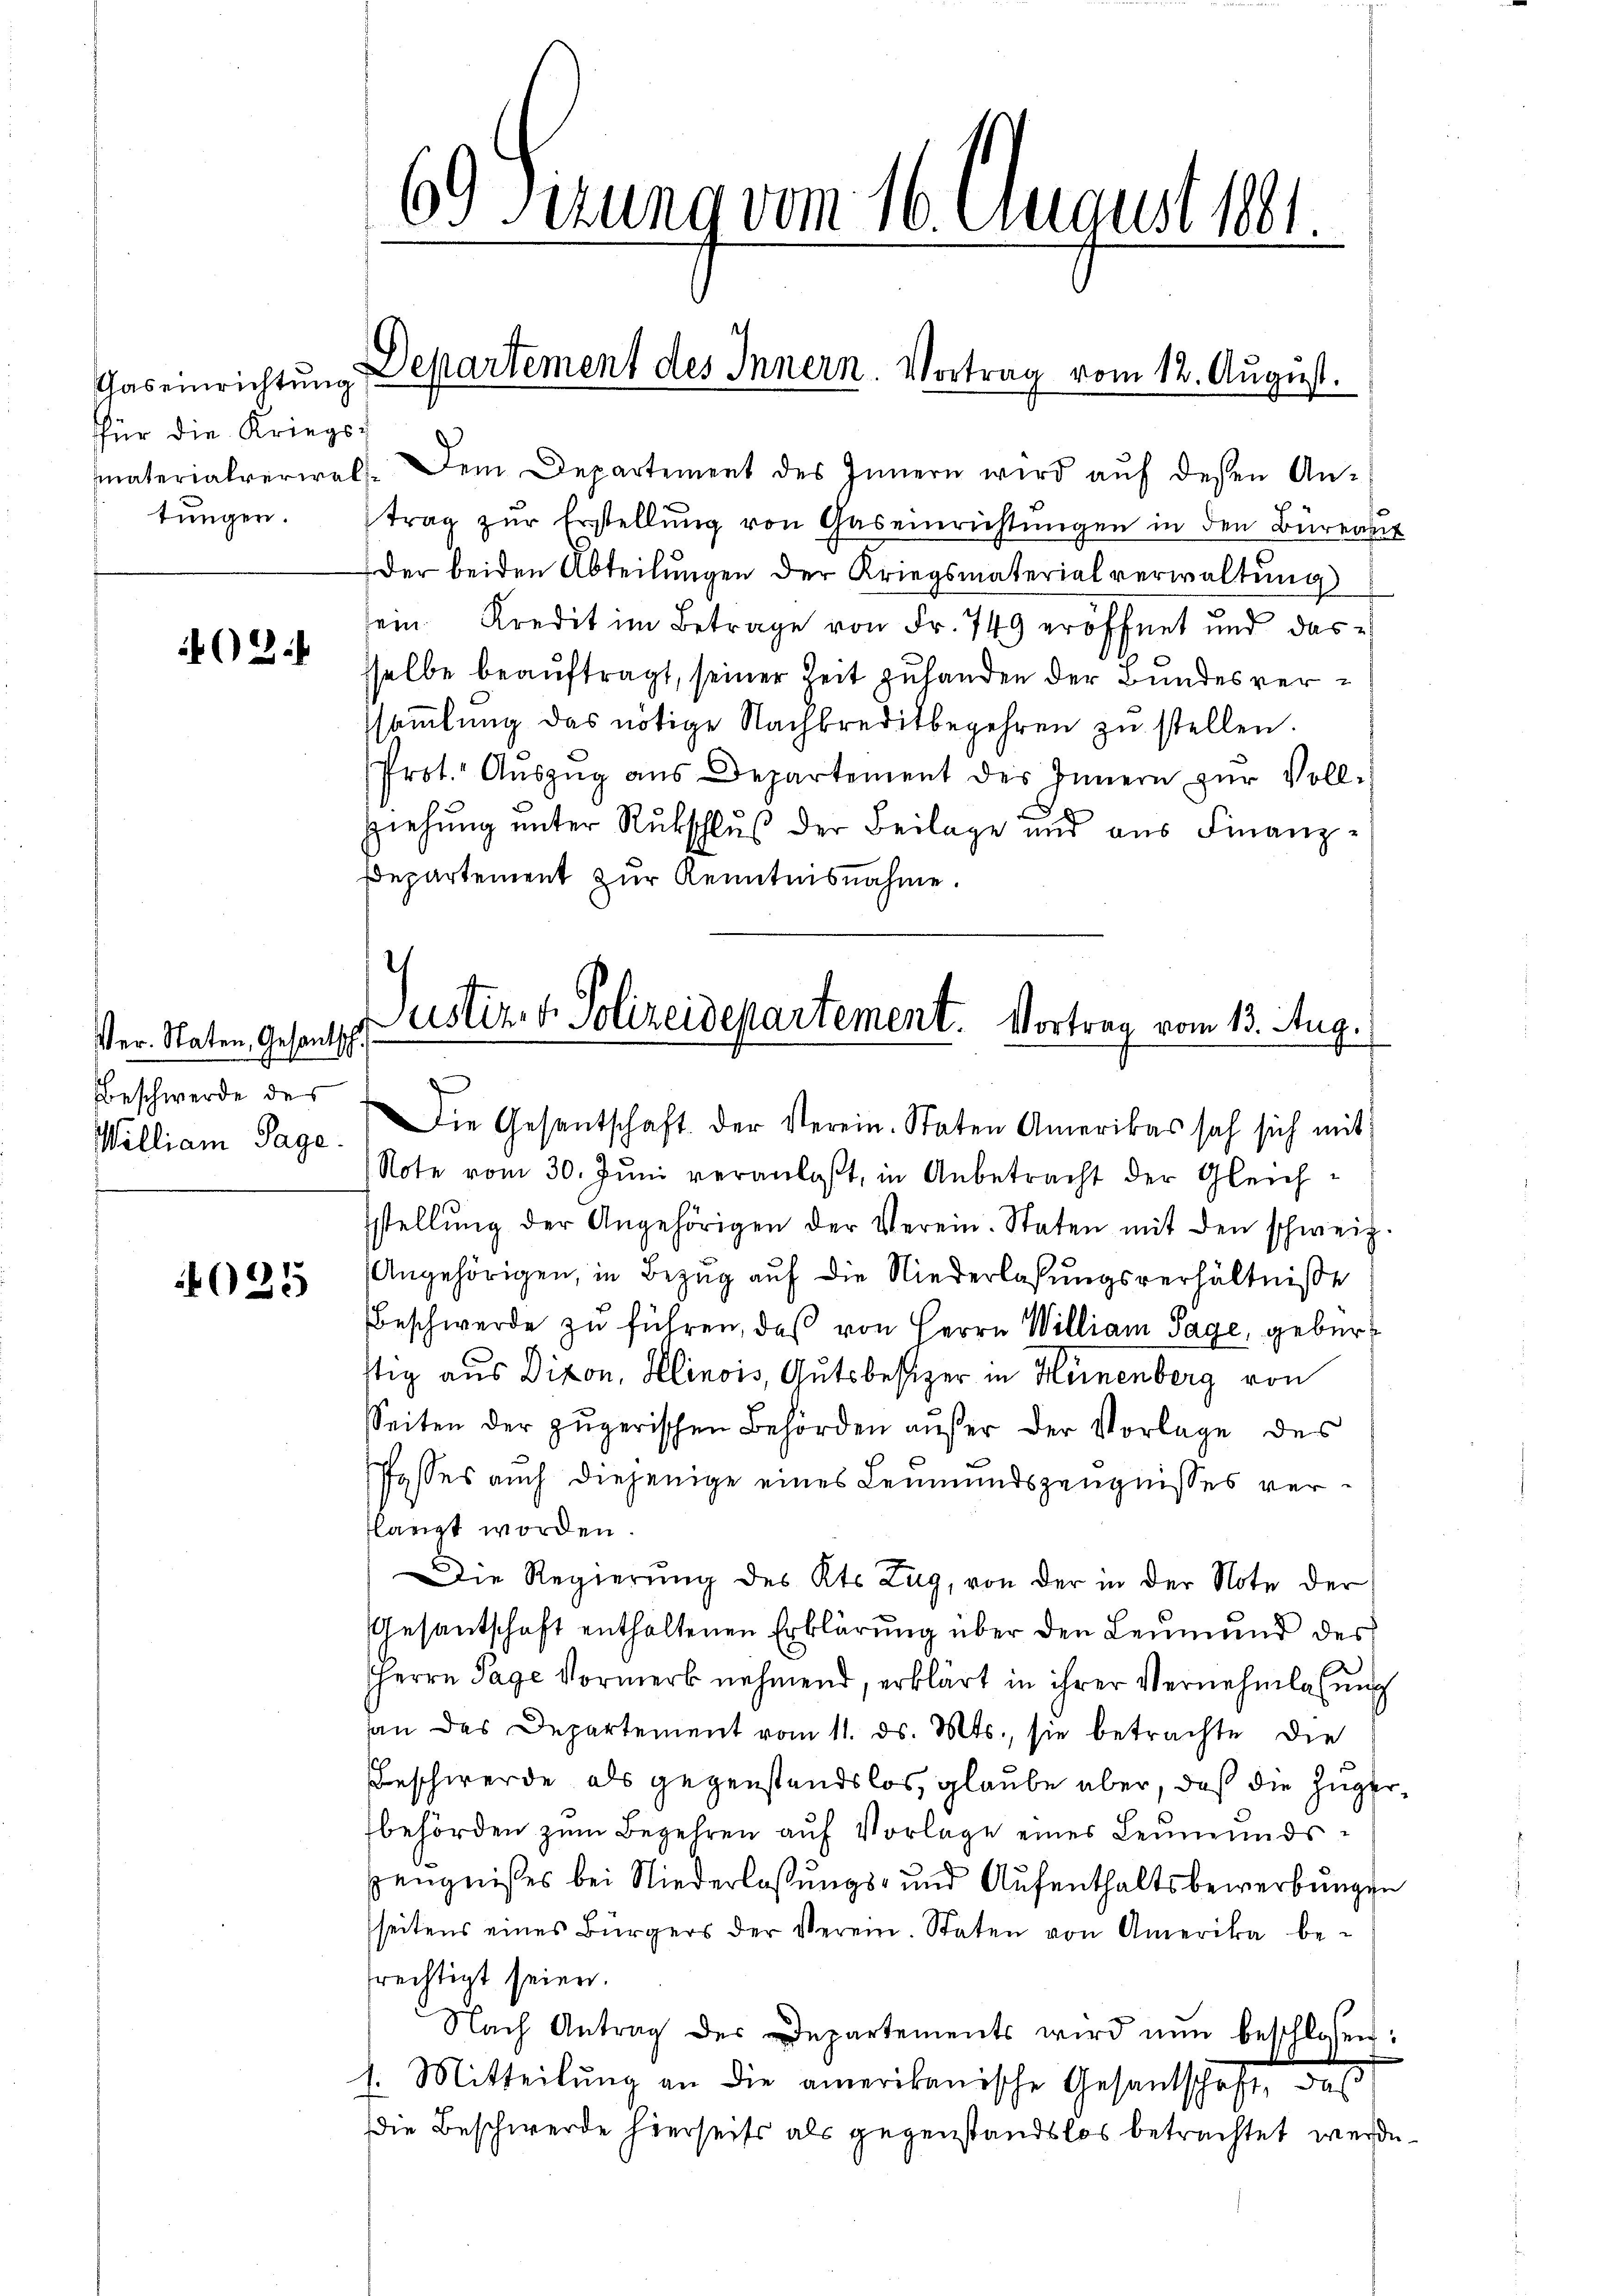
Thaseinrichtung
für die Kriegstungen.

2

Ver. Staten, Gesantsch.
Beschwerde des
William Tage.

)
25

materialverwels. Dem Departement des Innern wird aŭf desen An-
trag zŭr Erstellŭng von Gaseinrichtŭngen in den Büreaut
der beiden Abteilungen der Kriegsmaterialverwaltung
sein Kredit im Betrage von Fr. 749 eröffnet und das
sselbe beauftragt, seiner Zeit zuhanden der Bundesversammlung das nötige Nachkreditbegehren zu stellen.
Prot. Auszug aus Departement des Innern zur Voll¬
Ziehung unter Rutschluß der Beilage und aus Finanz¬
Departement zur Kenntnisnahme

Die Gesantschaft. Der Verein. Staten Amerikas sah sich mit
Note vom 30. Juni veranlaßt, in Anbetracht der Gleichstellŭng der Angehörigen der Verein-Staten mit den schweiz.
Angehörigen, in Bezug auf die Niederlaßungsverhältnisse
Beschwerde zu führen, daß von Herrn William Tage, gebürt
ttig aus Dixon, Klinois, Gutsbesitzer in Hünenberg von
Seiten der zŭgerischen Behörden aŭβer der Vorlage des
Posses auch diejenige eines Leumundszeugnisses verarigt worden.
Die Regierung des Kts Zug, von der in der Note der
Gesantschaft enthaltenen Erklärung über den Leumund des
Herrn Tage Vormerk nehmend, erklärt in ihrer Vernehmlasung
an das Departement vom 11. ds. Mts., sie betrachte die
Beschwerde als gegenstandslos, glaube aber, daß die Zugerbehörden zŭm Begehren aŭf Vorlage einer Leŭmŭnds-
Zeugnißes bei Niederlassungs- und Aufenthaltsbewerbungen
seitens eines Bürgers der Verein. Staten von Amerika be-
frechtigt seien.
Nach Antrag des Departements wird nun beschlossen:
1. Mitteilung an die amerikanische Gesantschaft, das
Die Beschwerde hierseits als gegenstandslos betrachtet werde.

6) Fizung vom 16. August 1881.

Departement des Innern. Vortrag vom 12. August.

Justiz- & Polizeidepartement. Vortrag vom 13. Aug.
.